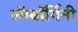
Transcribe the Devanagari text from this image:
लॅम्बॉर्गिनी